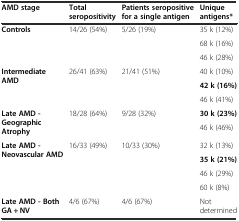
| AMD stage | Total seropositivity | Patients seropositive for a single antigen | Unique antigens* |
 | --- | --- | --- | --- |
 | <ROWSPAN=3> Controls | <ROWSPAN=3> 14/26 (54%) | <ROWSPAN=3> 5/26 (19%) | 35 k (12%) |
 | 68 k (16%) |
 | 46 k (28%) |
 | <ROWSPAN=3> Intermediate AMD | <ROWSPAN=3> 26/41 (63%) | <ROWSPAN=3> 21/41 (51%) | 40 k (10%) |
 | 42 k (16%) |
 | 46 k (41%) |
 | <ROWSPAN=2> Late AMD - Geographic Atrophy | <ROWSPAN=2> 18/28 (64%) | <ROWSPAN=2> 9/28 (32%) | 30 k (23%) |
 | 46 k (46%) |
 | <ROWSPAN=4> Late AMD - Neovascular AMD | <ROWSPAN=4> 16/33 (49%) | <ROWSPAN=4> 10/33 (30%) | 32 k (13%) |
 | 35 k (21%) |
 | 46 k (29%) |
 | 60 k (8%) |
 | Late AMD - Both GA + NV | 4/6 (67%) | 4/6 (67%) | Not determined |